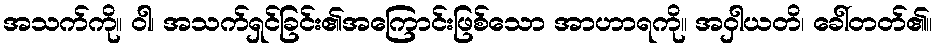
အသက်ကို။ ဝါ၊ အသက်ရှင်ခြင်း၏အကြောင်းဖြစ်သော အာဟာရကို။ အဝှါယတိ၊ ခေါ်တတ်၏။